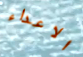
الاعداء